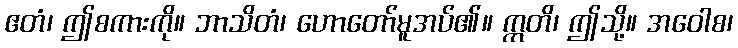
ဧတံ၊ ဤစကားကို။ ဘာသိတံ၊ ဟောတော်မူအပ်၏။ ဣတိ၊ ဤသို့။ အဝေါစ၊